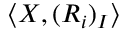
\langle X , ( R _ { i } ) _ { I } \rangle